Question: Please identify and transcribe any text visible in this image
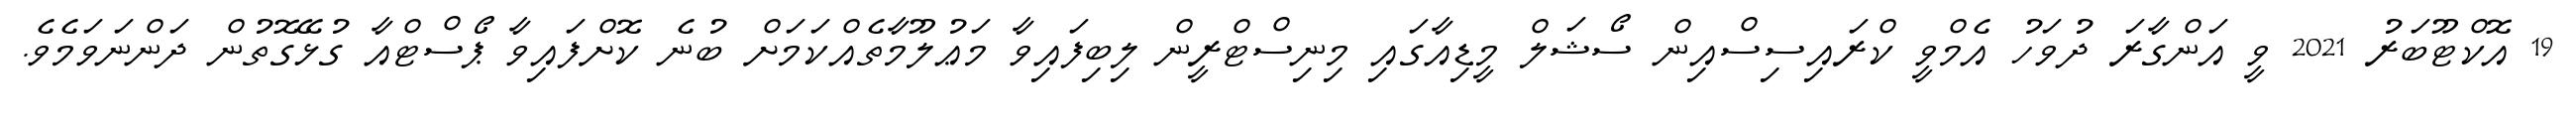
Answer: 19 އޮކްޓޫބަރު 2021 ވީ އަންގާރަ ދުވަހު އެމްވީ ކްރައިސިސްއިން ސޯޝަލް މީޑިއާގައި މިނިސްޓްރީން ލިބިފައިވާ މަޢުލޫމާތެއްކަމަށް ބުނެ ކޮށްފައިވާ ޕޯސްޓްއާ ގުޅޭގޮތުން ދަންނަވަމެވެ.